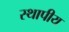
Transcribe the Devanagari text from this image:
स्थापीय